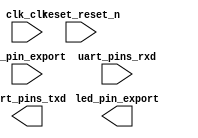

module ledtoggle (
	clk_clk,
	led_pin_export,
	reset_reset_n,
	sw_pin_export,
	uart_pins_rxd,
	uart_pins_txd);	

	input		clk_clk;
	output		led_pin_export;
	input		reset_reset_n;
	input		sw_pin_export;
	input		uart_pins_rxd;
	output		uart_pins_txd;
endmodule